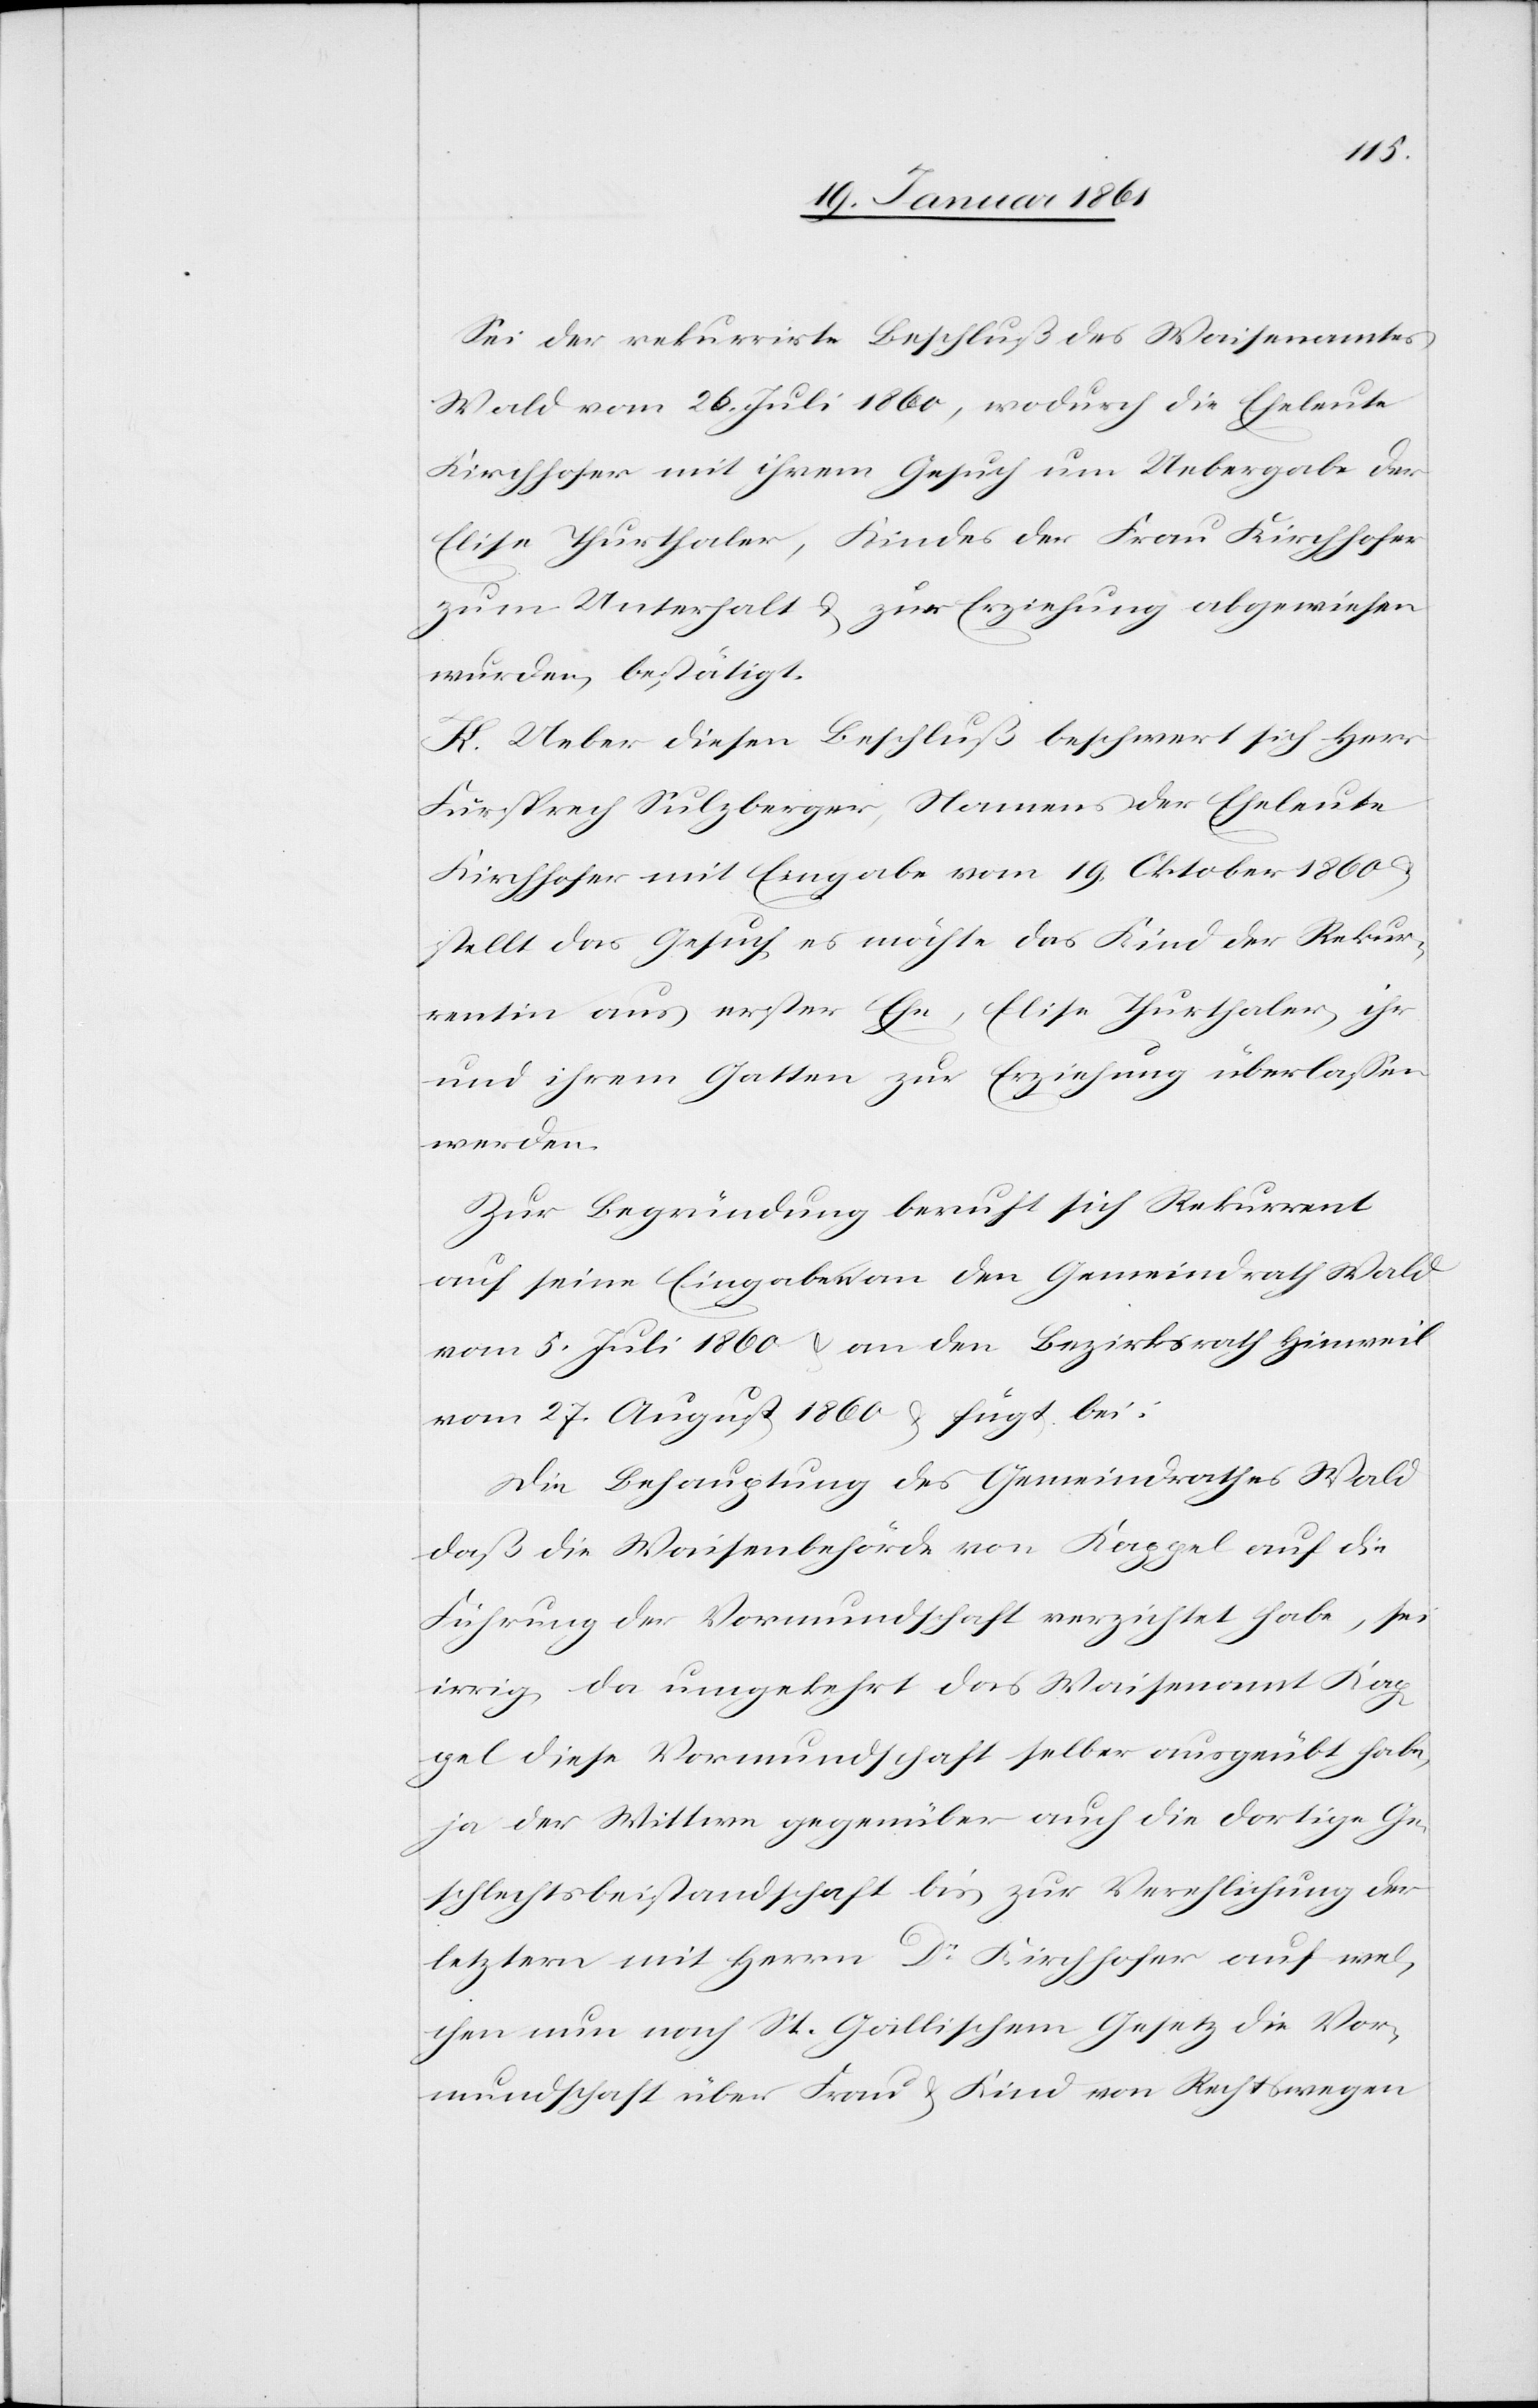
sei der rekurrirte Beschluß des Waisenamtes
Wald vom 26. Juli 1860, wodurch die Eheleute
Kirchhofer mit ihrem Gesuch um Uebergabe der
Elise Thurthaler, Kindes der Frau Kirchhofer
zum Unterhalt u. zur Erziehung abgewiesen
wurden, bestätigt.
K. Ueber diesen Beschluß beschwert sich Herr
Fürsprech Sulzberger, Namens der Eheleute
Kirchhofer mit Eingabe vom 19. Oktober 1860 u.
stellt das Gesuch, es möchte das Kind der Rekur¬
rentin aus erster Ehe, Elise Thurthaler, ihr
und ihrem Gatten zur Erziehung überlassen
werden.
Zur Begründung beruft sich Rekurrent
auf seine Eingaben an den Gemeindrath Wald
vom 5. Juli 1860 u. an den Bezirksrath Hinweil
vom 27. August 1860 u. fügt bei:
Die Behauptung des Gemeindrathes Wald
daß die Waisenbehörde von Kappel auf die
Führung der Vormundschaft verzichtet habe, sei
irrig, da umgekehrt das Waisenamt Kap¬
pel diese Vormundschaft selber ausgeübt habe,
ja der Wittwe gegenüber auch die dortige Ge¬
schlechtsbeistandschaft bis zur Verehlichung der
letztern mit Herrn Dr. Kirchhofer auf wel¬
chen nun nach St. Gallischem Gesetz die Vor¬
mundschaft über Frau u. Kind von Rechtswegen